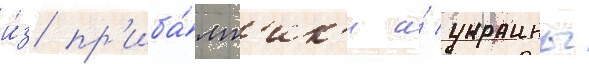
и́з пр'иба́лт'ик'и и́ украины